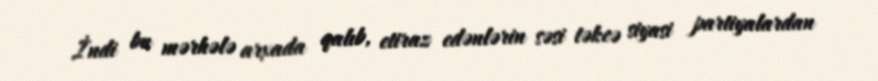
İndi bu mərhələ arxada qalıb, etiraz edənlərin səsi təkcə siyasi partiyalardan